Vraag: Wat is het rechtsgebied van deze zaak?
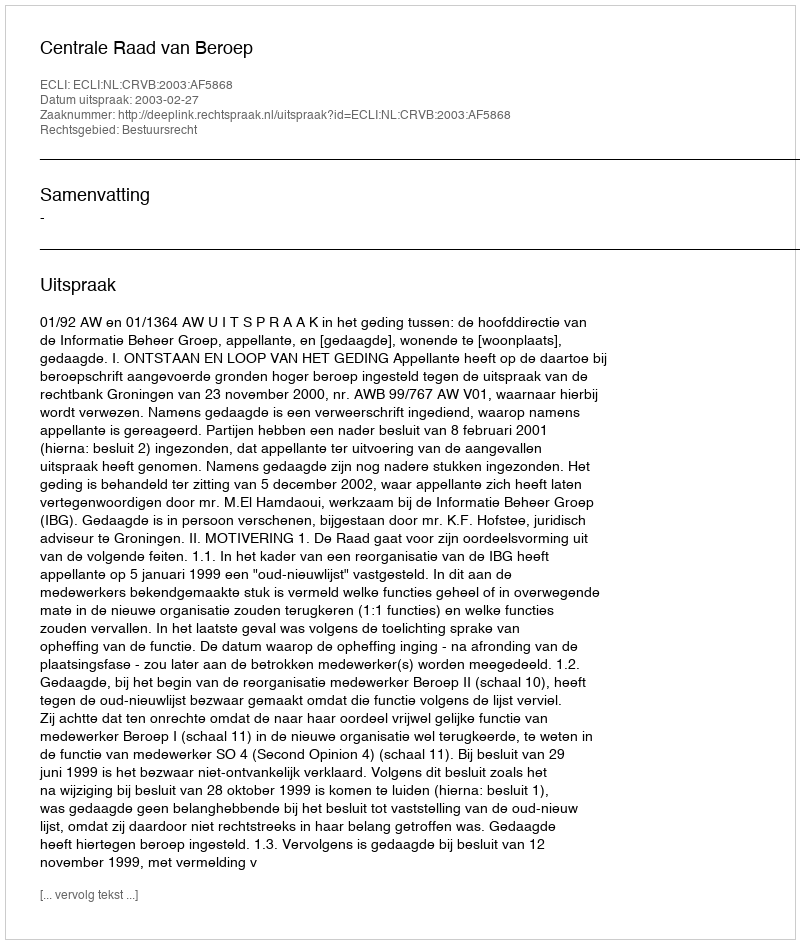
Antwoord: Bestuursrecht